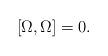
LaTeX: \begin{align*}\left[ \Omega ,\Omega \right] =0. \end{align*}